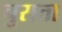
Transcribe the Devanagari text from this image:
चुसता